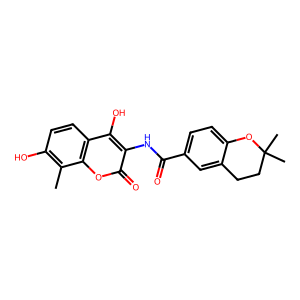
SMILES: Cc1c(O)ccc2c(O)c(NC(=O)c3ccc4c(c3)CCC(C)(C)O4)c(=O)oc12
Inhibits HIV replication: No